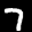
Label: 7